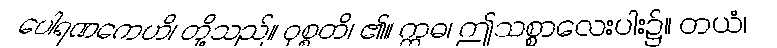
ပေါရဏကေဟိ၊ တို့သည်။ ဝုစ္စတိ၊ ၏။ ဣဓ၊ ဤသစ္စာလေးပါး၌။ တယံ၊